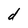
Character: d